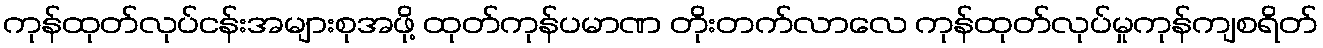
ကုန်ထုတ်လုပ်ငန်းအများစုအဖို့ ထုတ်ကုန်ပမာဏ တိုးတက်လာလေ ကုန်ထုတ်လုပ်မှုကုန်ကျစရိတ်